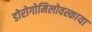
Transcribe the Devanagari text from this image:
डोरोगोमिलोवस्काया